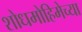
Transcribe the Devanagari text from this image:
शोधमोहिमेच्या